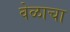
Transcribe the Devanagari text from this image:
वेळाचा